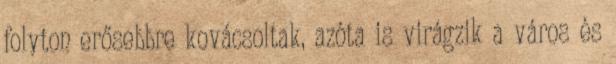
folyton erősebbre kovácsoltak, azóta is virágzik a város és